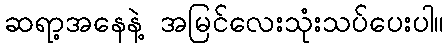
ဆရာ့အနေနဲ့ အမြင်လေးသုံးသပ်ပေးပါ။